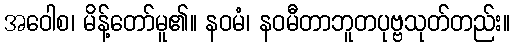
အဝေါစ၊ မိန့်တော်မူ၏။ နဝမံ၊ နဝမီတာဘူတပုဗ္ဗသုတ်တည်း။